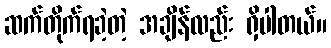
ဆက်တိုက်ရခဲ့တဲ့ အချိန်လည်း ရှိပါတယ်။